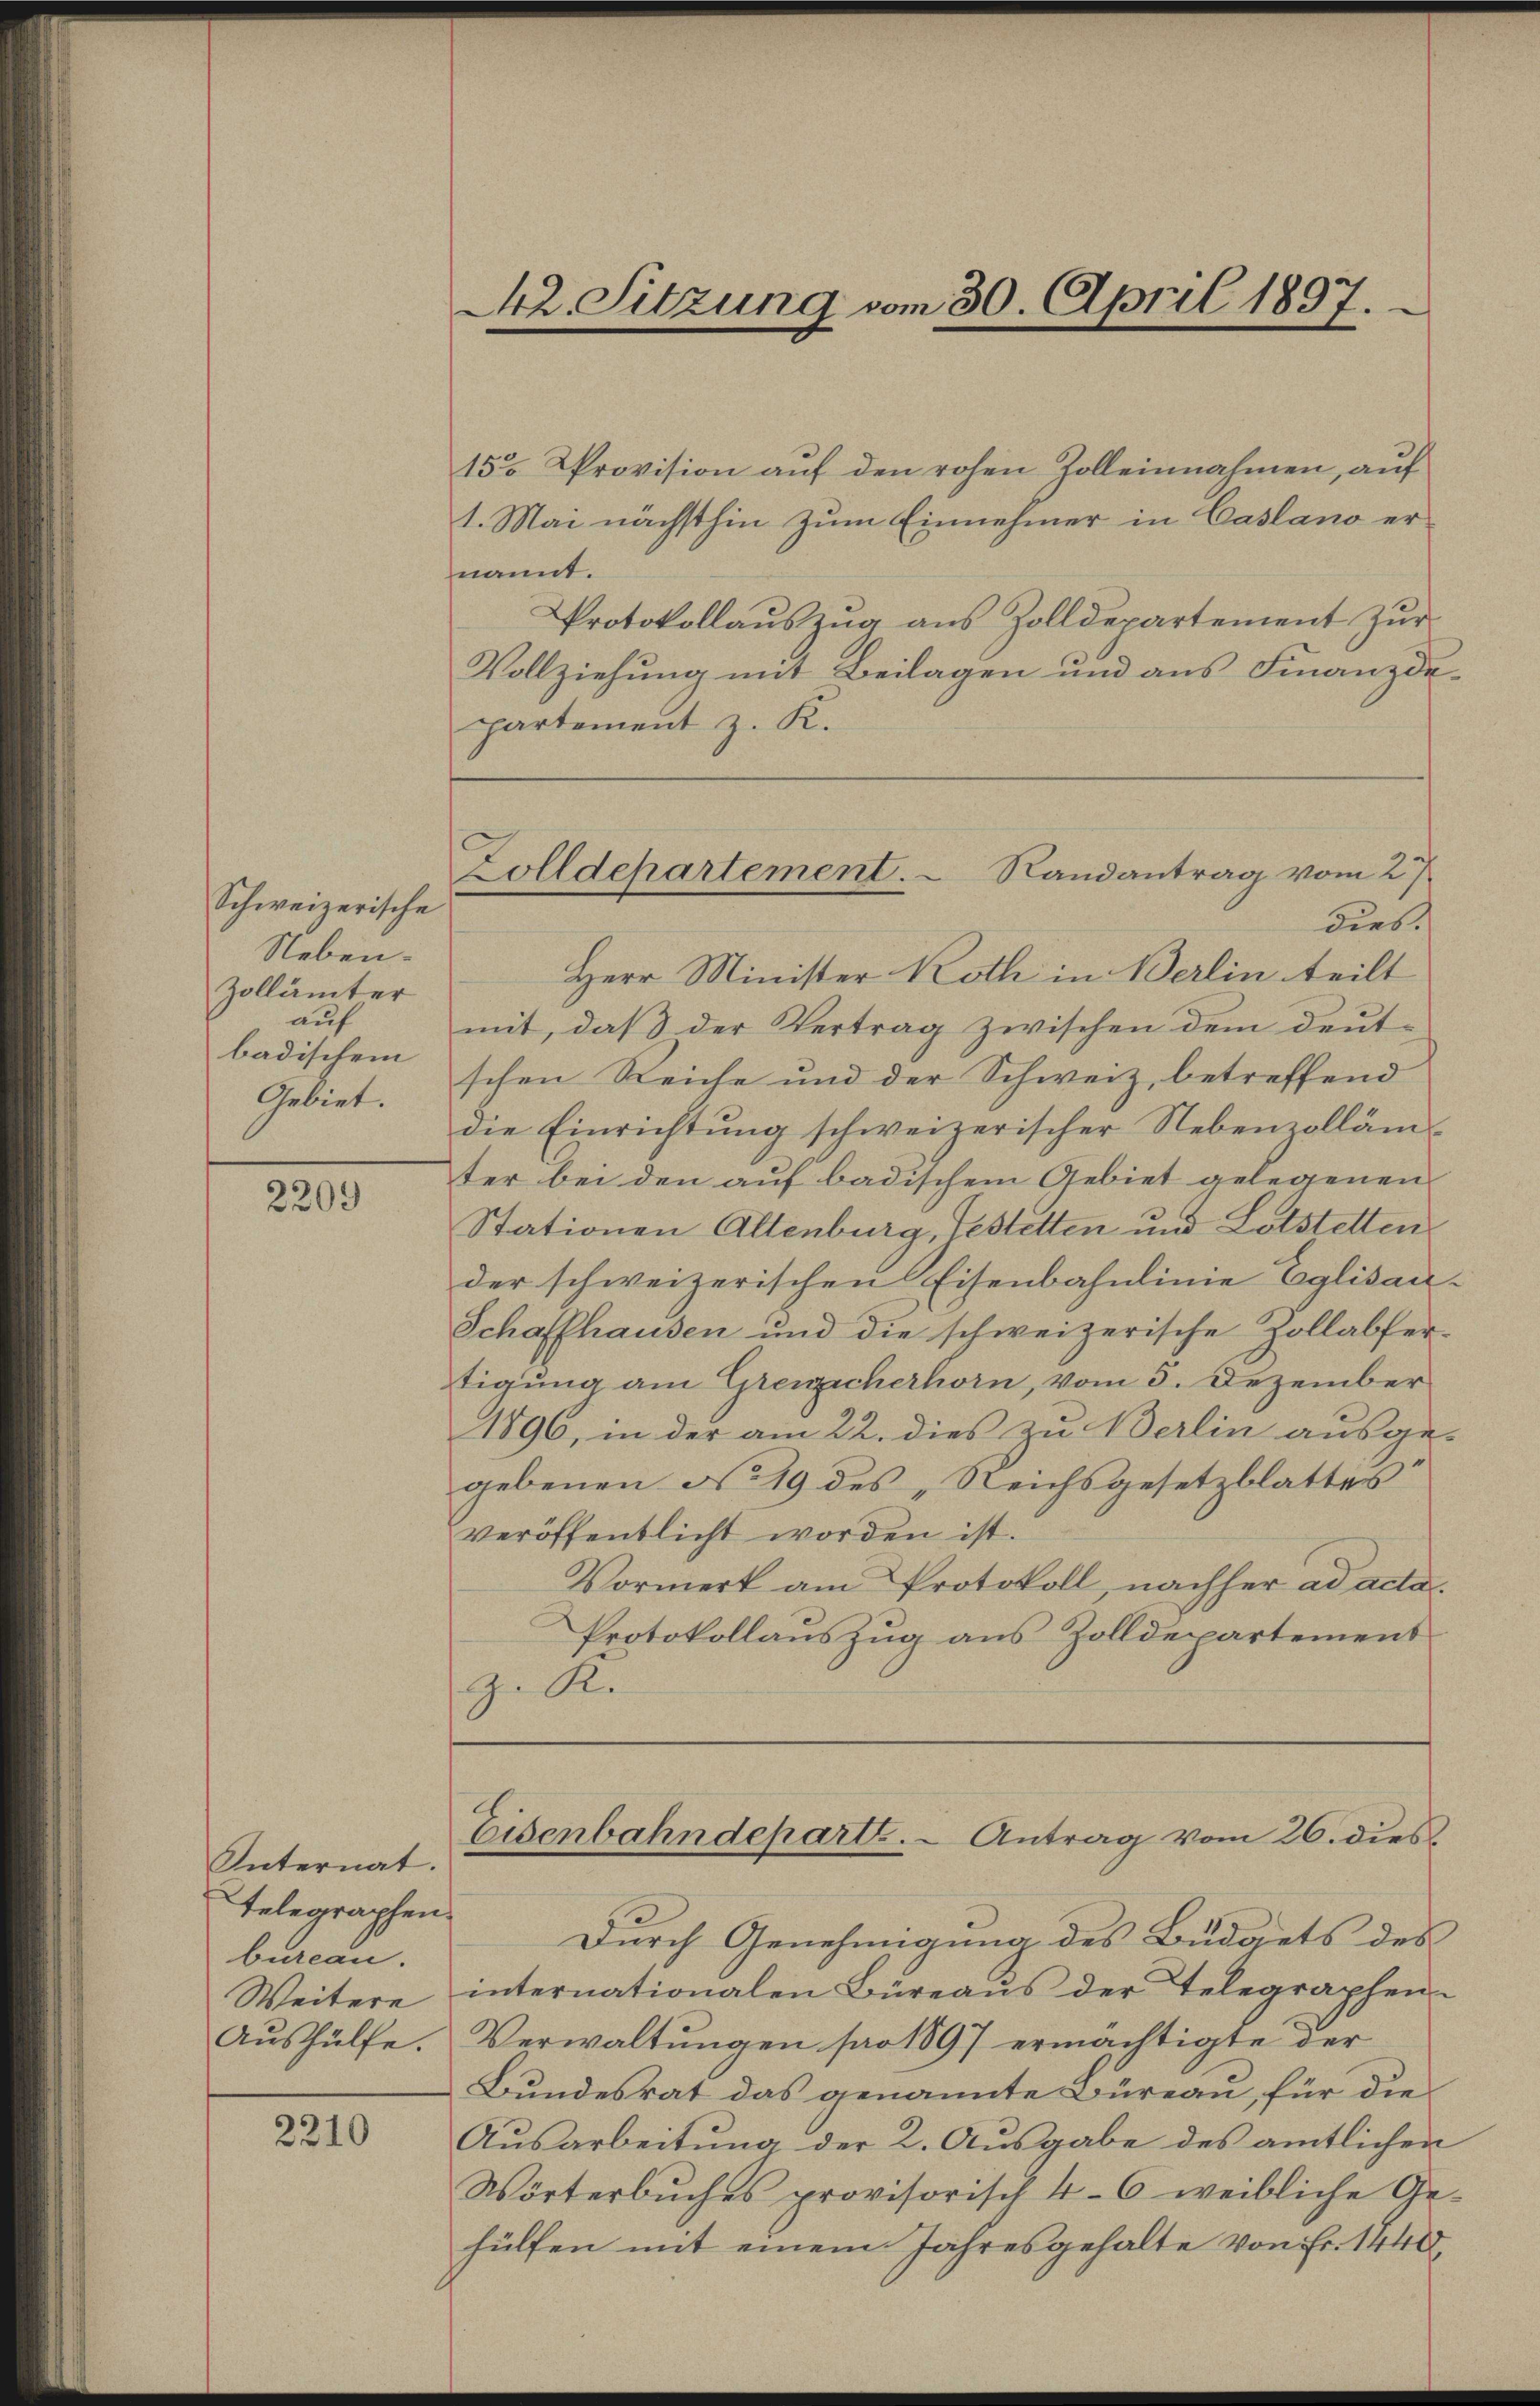
Schweizerische
Neben.
Zollämter
auf
badischem
Gebiet.

2209

Internat.
telegraphen
bureau.
Weitere
Aushülfe.

2210

15o Provision auf den rohen Zolleinnahmen, auf
1. Mai nächsthin zum Einnehmer in Casano ernannt.
Protokollaŭszŭg aŭs Zolldepartement zŭr
Vollziehung mit Beilagen und aus Finanzde.
partement z. K.
dies.
Herr Minister Koth in Berlin teilt
mit, daß der Vertrag zwischen dem deutschen Reiche und der Schweiz, betreffend
die Einrichtŭng schweizerischer Nebenzolläm-
ter bei den auf badischem Gebiet gelegenen
Stationen Altenburg, Gestetten und Lotstetten
der schweizerischen Eisenbahnlinie Eglisau-
Schaffhausen und die schweizerische Zollabfer-
tigung am Grenzecherhorn, vom 5. Dezember
1896, in der am 22. dies zu Berlin ausge-
gebenen No 19 des „Reichsgesetzblattes
veröffentlicht worden ist.
Vormerk am Protokoll, nachher ad acta.
Protokollauszug aus Zolldepartement
Zu Re
Eisenbahndeparte. - Antrag vom 26. dies
Durch Genehmigung des Budgets des
internationalen Büreaŭs der Telegraphen-
Verwaltungen pro 1897 ermächtigte der
Bundesrat das genannte Büreau, für die
Ausarbeitung der 2. Ausgabe des amtlichen
Wörterbŭches provisorisch 4-6 weibliche Ge-
hülfen mit einem Jahresgehalte von Fr. 1440,

M2. Sitzung vom 30. April 1837.

Zolldepartement.  Randantrag vom 27.